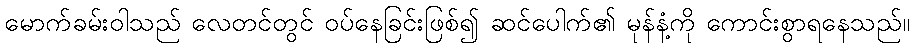
မောက်ခမ်းဝါသည် လေတင်တွင် ဝပ်နေခြင်းဖြစ်၍ ဆင်ပေါက်၏ မုန်နံ့ကို ကောင်းစွာရနေသည်။